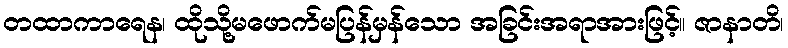
တထာကာရေန၊ ထိုသို့မဖောက်မပြန်မှန်သော အခြင်းအရာအားဖြင့်။ ဇာနာတိ၊